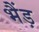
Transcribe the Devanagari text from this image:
भैंड़